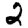
Digit: 2